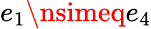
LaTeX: e_{1}\nsimeq e_{4}